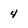
Character: 4